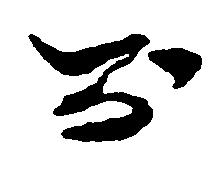
お